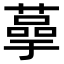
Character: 𫉞